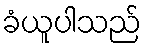
ခံယူပါသည်